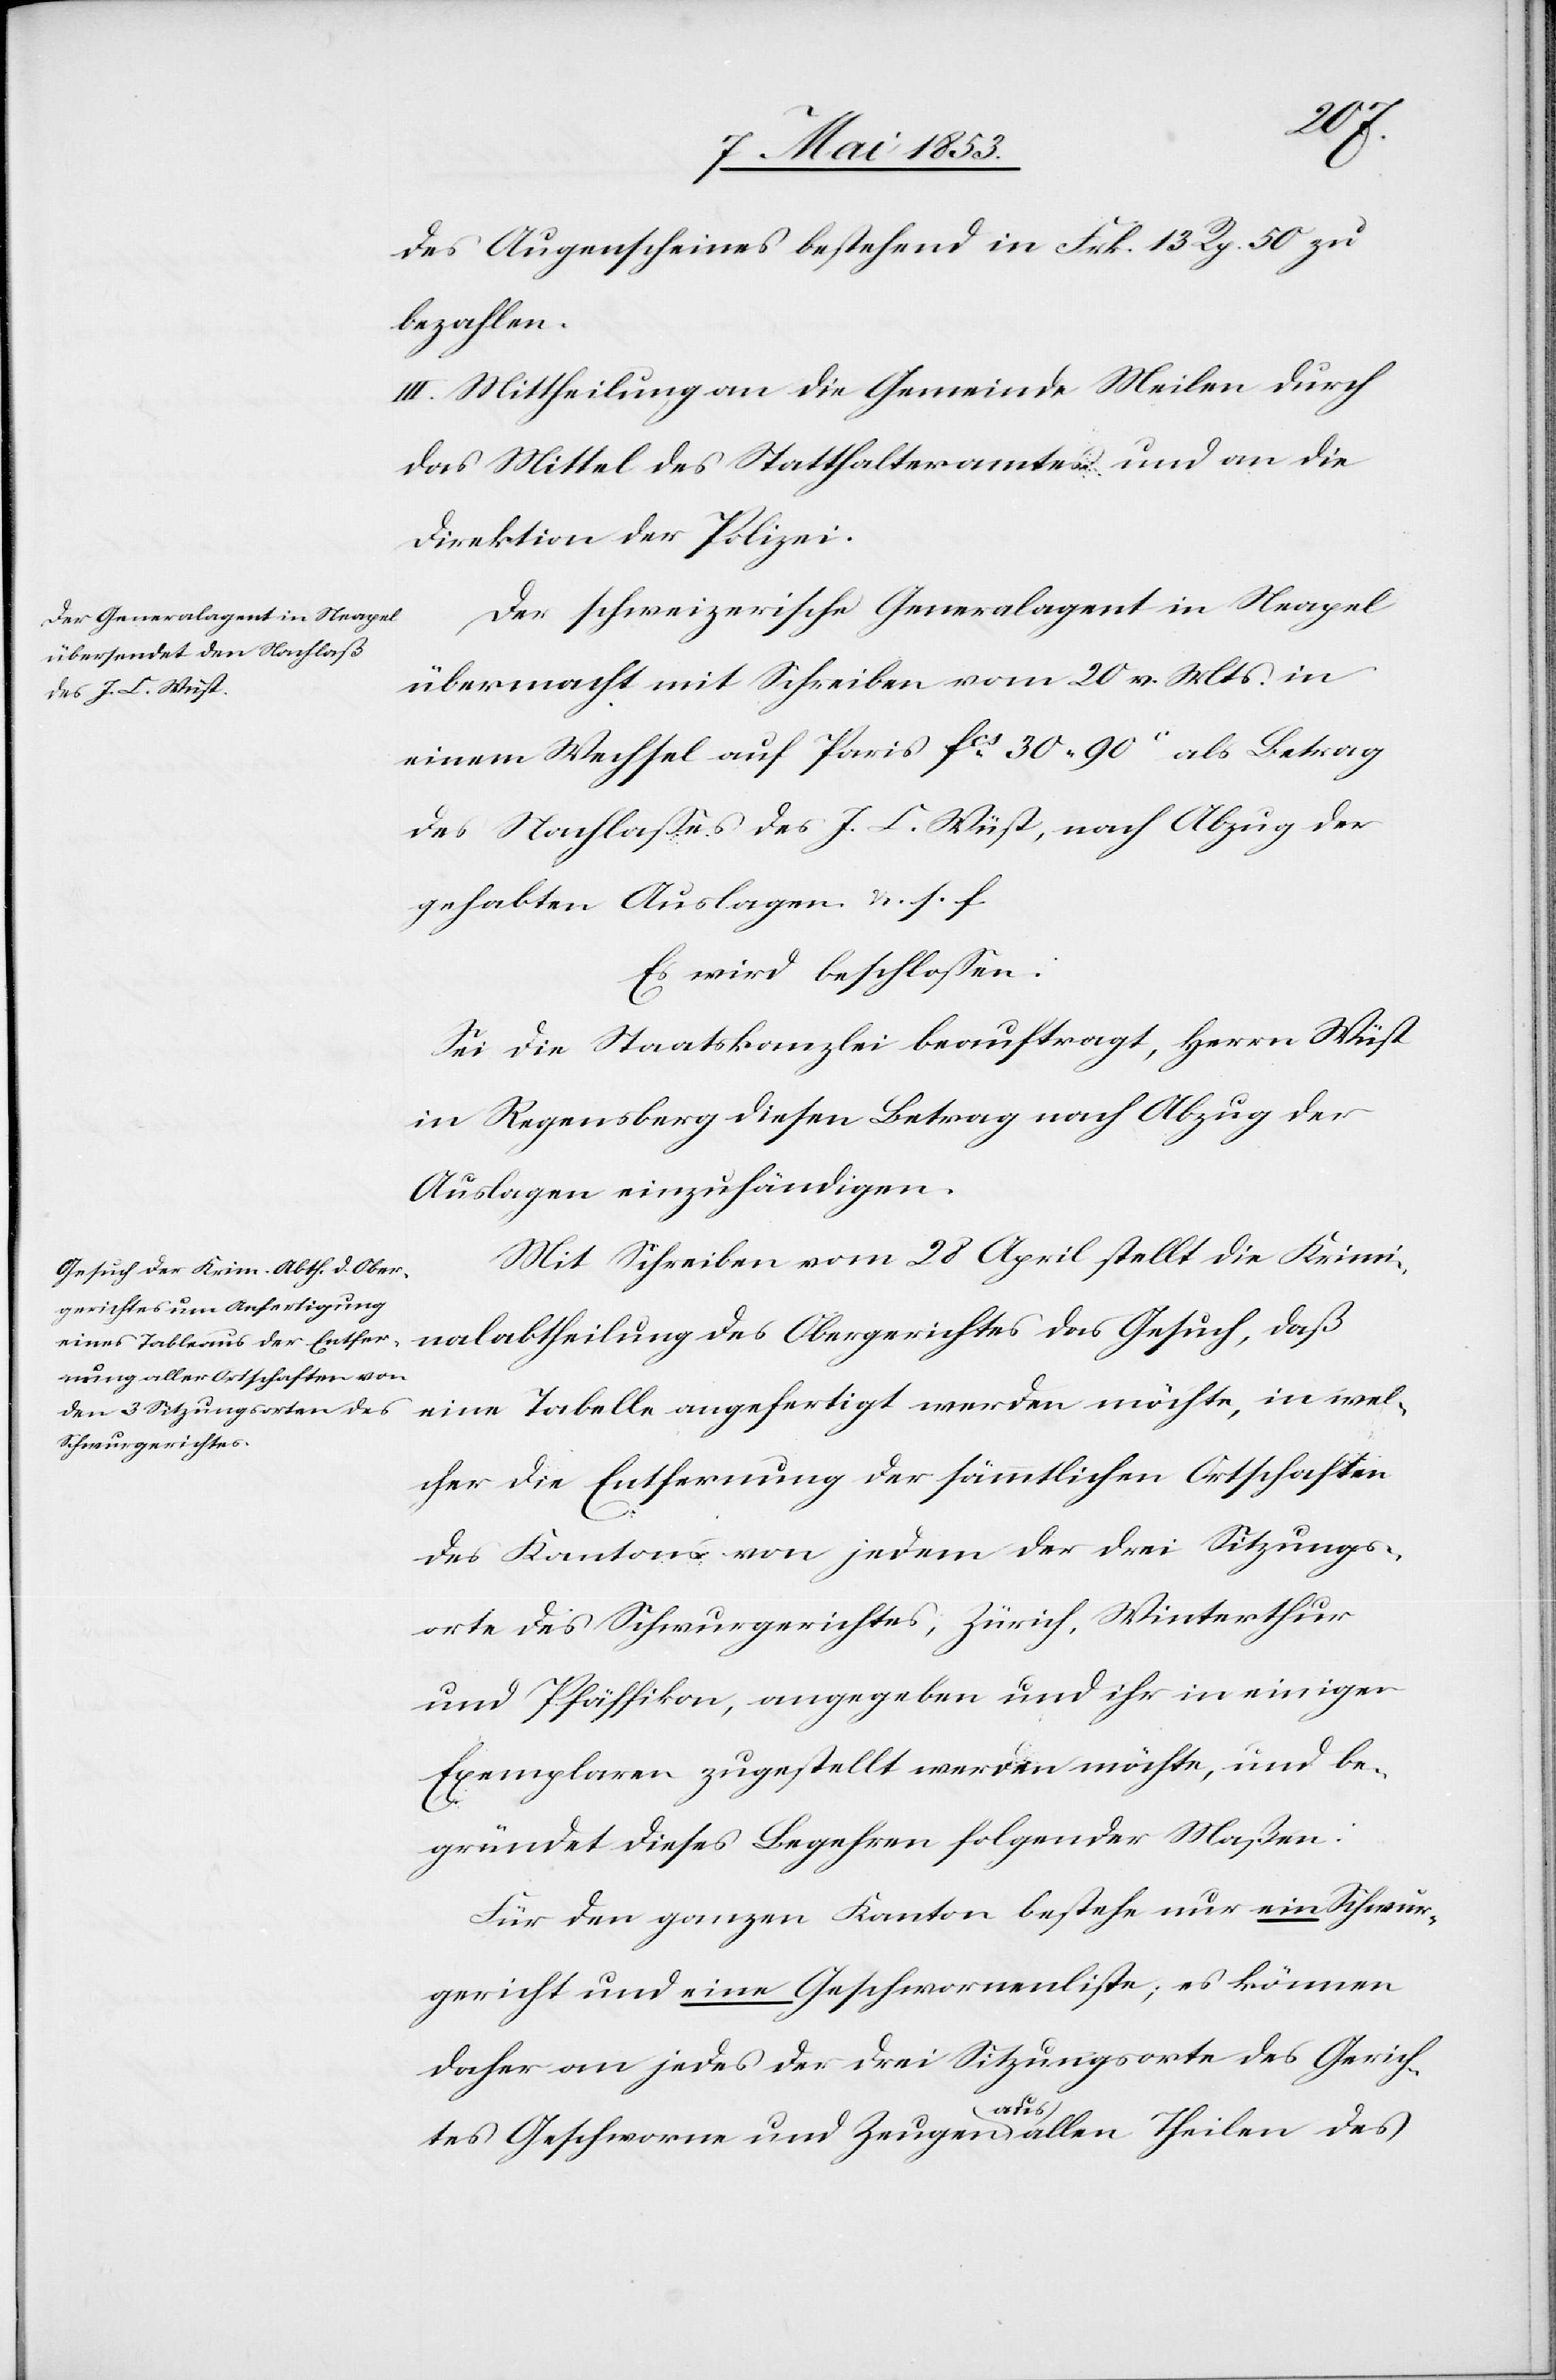
des Augenscheins bestehend in Frk. 13 Rp. 50 zu
bezahlen.
III. Mittheilung an die Gemeinde Meilen durch
das Mittel des Statthalteramtes und an die
Direktion der Polizei.
Der schweizerische Generalagent in Neapel
übermacht mit Schreiben vom 20 v. Mts. in
einem Wechsel auf Paris fcs. 30, 90 c als Betrag
des Nachlaßes des J. C. Wüst, nach Abzug der
gehabten Auslagen u. s. f.
Es wird beschloßen:
Sei die Staatskanzlei beauftragt, Herrn Wüst
in Regensberg diesen Betrag nach Abzug der
Auslagen einzuhändigen.
Mit Schreiben vom 28 April stellt die Krimi¬
nalabtheilung des Obergerichtes das Gesuch, daß
cher die Entfernung der sämmtlichen Ortschaften
des Kantons von jedem der drei Sitzungs¬
orte des Schwurgerichtes, Zürich, Winterthur
und Pfäffikon, angegeben und ihr in einigen
Exemplaren zugestellt werden möchte, und be¬
gründet dieses Begehren folgender Maßen:
Für den ganzen Kanton bestehe nur ein Schwur¬
gericht und eine Geschworenenliste; es können
daher an jedes der drei Sitzungsorte des Gerich¬
in wel¬
tes Geschworene und Zeugen aus allen Theilen des